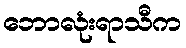
ဘောလုံးရာသီက